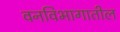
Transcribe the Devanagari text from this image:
वनविभागातील